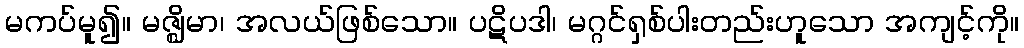
မကပ်မူ၍။ မဇ္ဈိမာ၊ အလယ်ဖြစ်သော။ ပဋိပဒါ၊ မဂ္ဂင်ရှစ်ပါးတည်းဟူသော အကျင့်ကို။